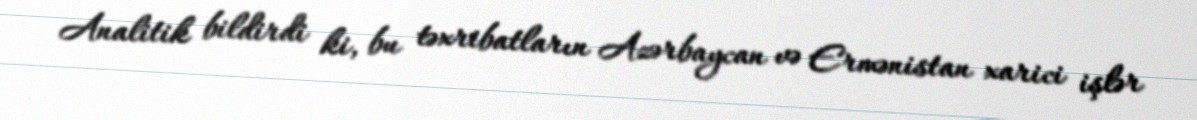
Analitik bildirdi ki, bu təxribatların Azərbaycan və Ermənistan xarici işlər